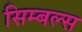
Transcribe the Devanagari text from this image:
सिम्बल्स